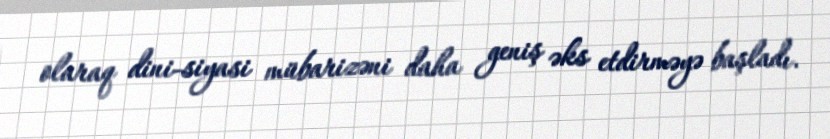
olaraq dini-siyasi mübarizəni daha geniş əks etdirməyə başladı.